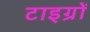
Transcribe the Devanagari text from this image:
टाइग्रों